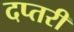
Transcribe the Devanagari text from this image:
दप्तरी